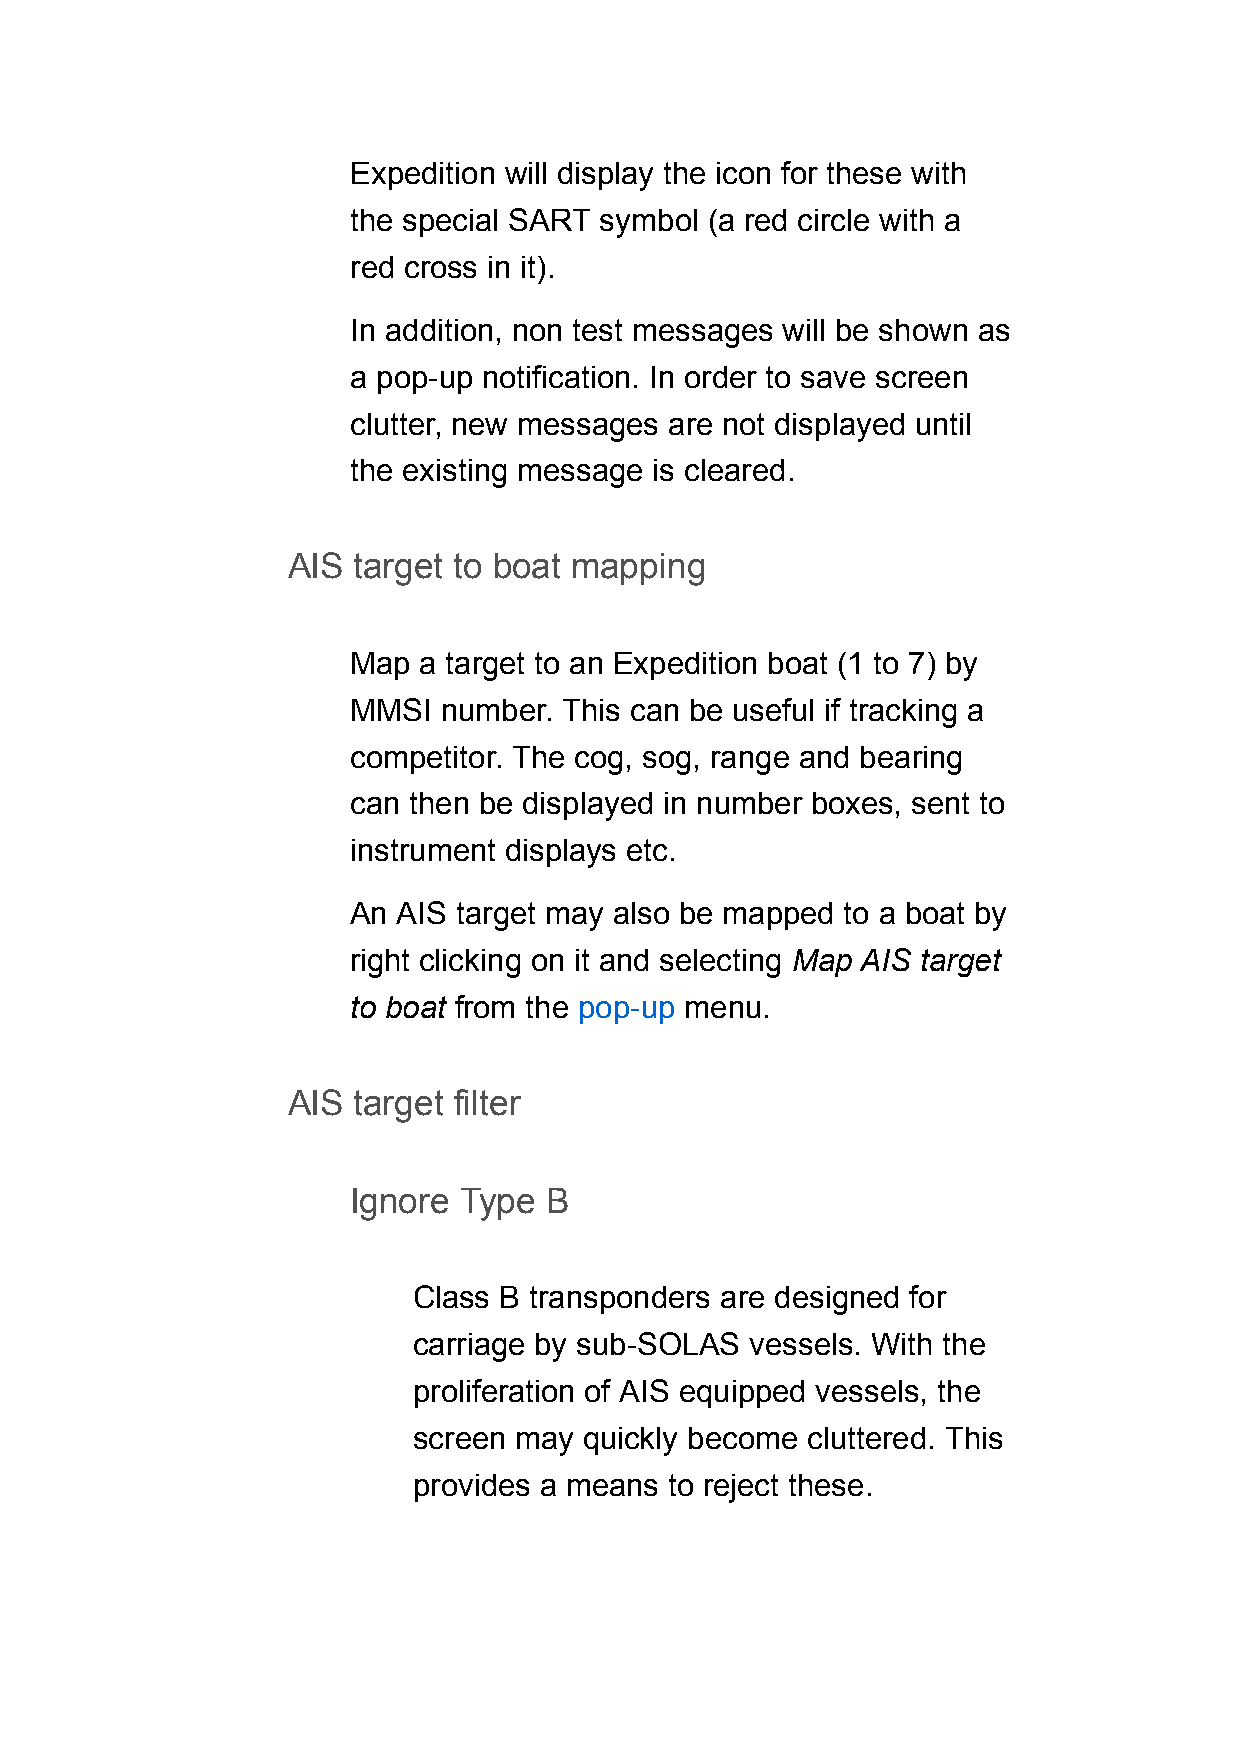
Expedition will display the icon for these with
 the special SART symbol (a red circle with a
 red cross in it).
 In addition, non test messages will be shown as
 a pop-up notification. In order to save screen
 clutter, new messages are not displayed until
 the existing message is cleared.
 AIS target to boat mapping
 Map  a target to an Expedition boat (1 to 7) by
 MMSI  number. This can be useful if tracking a
 competitor. The cog, sog, range and bearing
 can then be displayed in number boxes, sent to
 instrument displays etc.
 An AIS target may also be mapped to a boat by
 right clicking on it and selecting Map AIS target
 to boat from the pop-up menu.
 AIS target filter
 Ignore Type  B
 Class B transponders are designed for
 carriage by sub-SOLAS  vessels. With the
 proliferation of AIS equipped vessels, the
 screen may  quickly become cluttered. This
 provides a means to reject these.